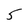
Character: 5